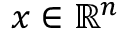
x \in \mathbb { R } ^ { n }